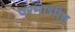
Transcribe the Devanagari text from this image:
परमाभीष्ट